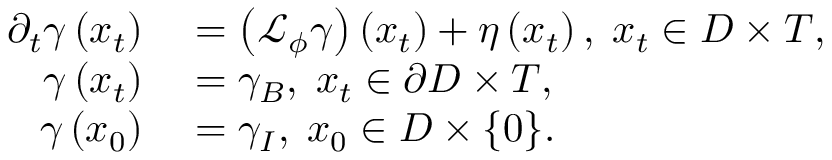
\begin{array} { r l } { \partial _ { t } \gamma \left( x _ { t } \right) } & { { } = \left( \mathcal { L } _ { \phi } \gamma \right) \left( x _ { t } \right) + \eta \left( x _ { t } \right) , \; x _ { t } \in D \times T , } \\ { \gamma \left( x _ { t } \right) } & { { } = \gamma _ { B } , \; x _ { t } \in \partial D \times T , } \\ { \gamma \left( x _ { 0 } \right) } & { { } = \gamma _ { I } , \; x _ { 0 } \in D \times \{ 0 \} . } \end{array}